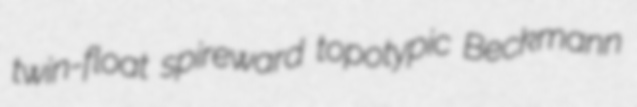
twin-float spireward topotypic Beckmann